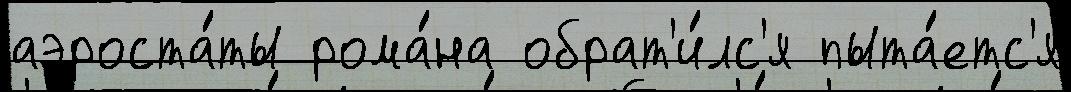
аэроста́ты рома́на обрат'и́лс'я пыта́етс'я